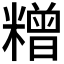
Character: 𰫓